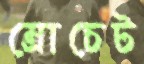
ম্রোচেট